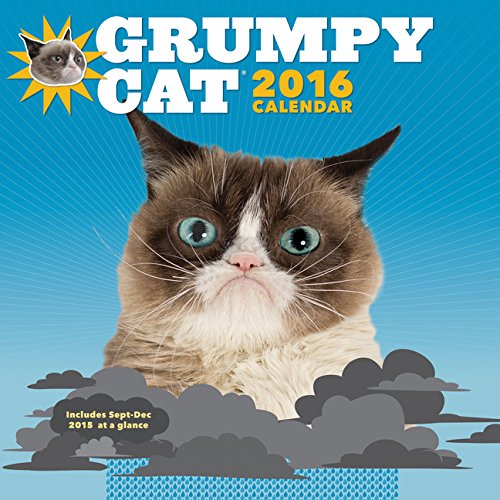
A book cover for Grumpy Cat 2016 Wall Calendar; Grumpy Cat; Calendars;